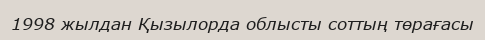
1998 жылдан Қызылорда облысты соттың төрағасы